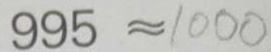
9 9 5 \approx 1 0 0 0